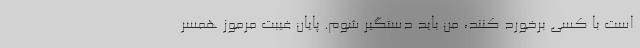
است با کسی برخورد کنند، من باید دستگیر شوم. پایان غیبت مرموز همسر